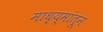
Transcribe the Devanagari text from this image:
माध्य्मांतून